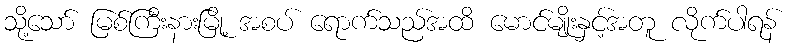
သို့သော် မြစ်ကြီးနားမြို့ အစပ် ရောက်သည်အထိ မောင်မျိုးနှင့်အတူ လိုက်ပါရန်